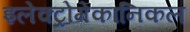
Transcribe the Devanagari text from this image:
इलेक्ट्रोमेकानिकल